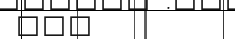
١٣٣